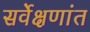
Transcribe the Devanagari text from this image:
सर्वेक्षणांत